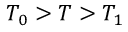
T _ { 0 } > T > T _ { 1 }